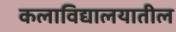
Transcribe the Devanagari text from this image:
कलाविद्यालयातील